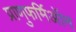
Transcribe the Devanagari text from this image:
प्राणुफर्मिऑन